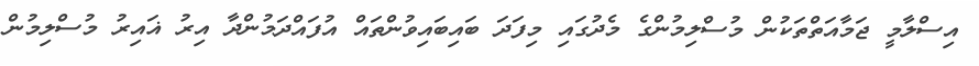
އިސްލާމީ ޖަމާއަތްތަކުން މުސްލިމުންގެ މެދުގައި މިފަދަ ބައިބައިވުންތައް އުފައްދަމުންދާ އިރު ޣައިރު މުސްލިމުން